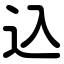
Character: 込